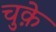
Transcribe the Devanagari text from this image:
चुक़े